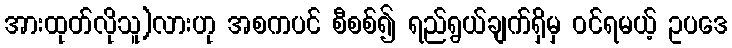
အားထုတ်လိုသူ)လားဟု အစကပင် စီစစ်၍ ရည်ရွယ်ချက်ရှိမှ ဝင်ရမယ့် ဥပဒေ